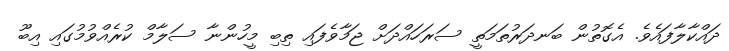
ދައްކާލާފައެވެ. އެގޮތުން ބަނދަރުތަމަތީ ސަރަހައްދަށް ޖަމާވެފައި ތިބި މީހުންނާ ސަލާމް ކުރެއްވުމުގައި އިބޫ